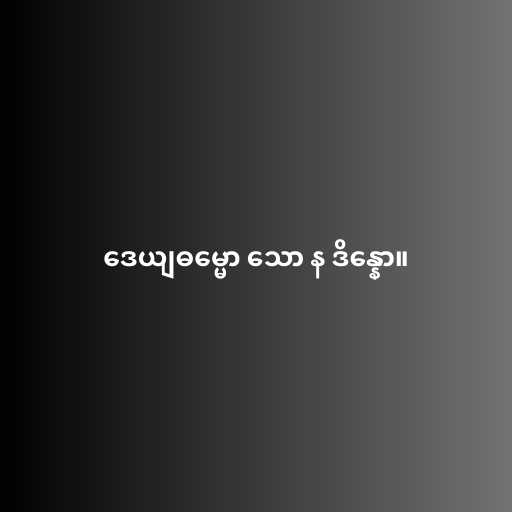
ဒေယျဓမ္မော သော န ဒိန္နော။